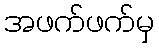
အဖက်ဖက်မှ